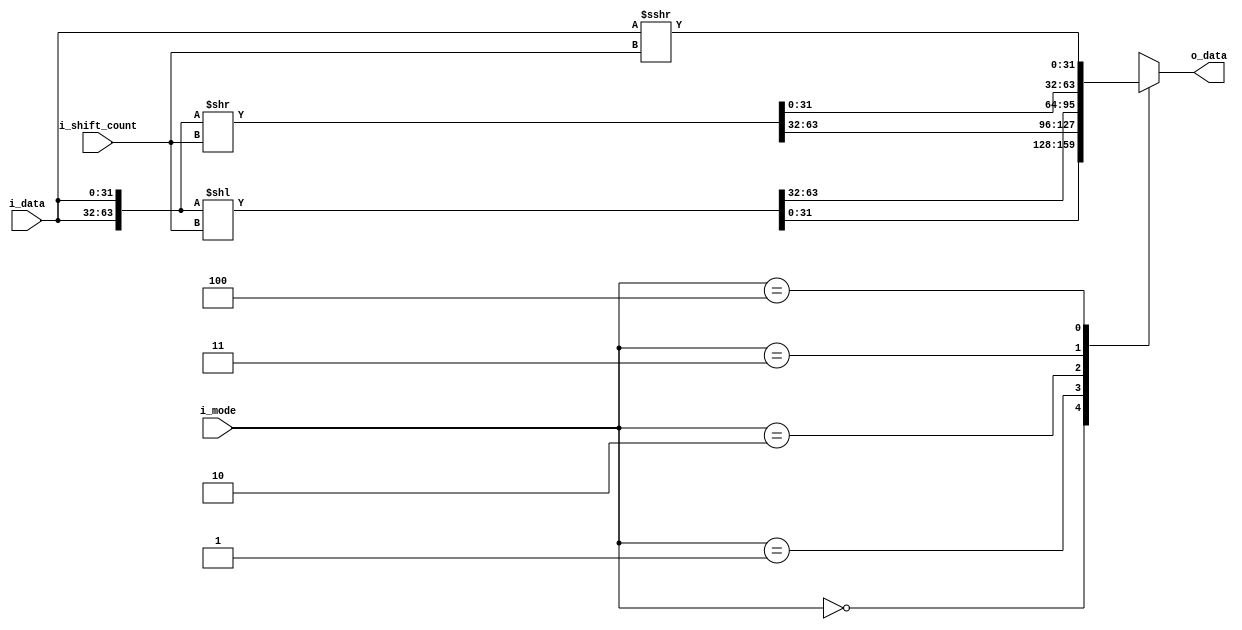
// Module: barrel_shifter.v
// Project: Single-cycle MIPS processor in Verilog HDL.	
// Description: Barrel shifter: 32 bit, shifting left and right, logical and cyclic shift.

// Modes: logical left [000], logical right [001], cyclic left [010], cyclic right [011].
// [Added, 17.11]: arithmetic shift, mode - [100].

// The normal shifts << and >> shift your input and pad with zeros. 
// The idea of cyclic shift by using the logical shift of concatenation of two input data vectors - by @olegovich22.
// [Added]: The arithmetic shift >>> shifts your input and pad with the sign bit.


module barrel_shifter(i_data, i_mode, i_shift_count, o_data);

input [31:0] i_data;
input [2:0] i_mode;
input [4:0] i_shift_count;
output reg [31:0] o_data;

wire [63:0] l_shifted = {i_data, i_data} << i_shift_count;
wire [63:0] r_shifted = {i_data, i_data} >> i_shift_count;

always @(*) begin
	case (i_mode)
		3'b000:
			begin
				o_data = l_shifted[31:0];				// logical left	
			end
		3'b001:
			begin
				o_data = r_shifted[63:32];				// logical right
			end
		3'b010:	
			begin							// cyclic left
				o_data = l_shifted[63:32];
			end
		3'b011:	
			begin							// cyclic right
				o_data = r_shifted[31:0];
			end
		3'b100:
			begin
				o_data = $signed(i_data) >>> i_shift_count;	// arithmetic right
			end
		default:
			begin
				o_data = {32{1'bx}};	// x-state, (nor 1, nor 0)
			end
	endcase
end
endmodule